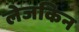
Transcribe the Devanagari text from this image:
लेजकिन